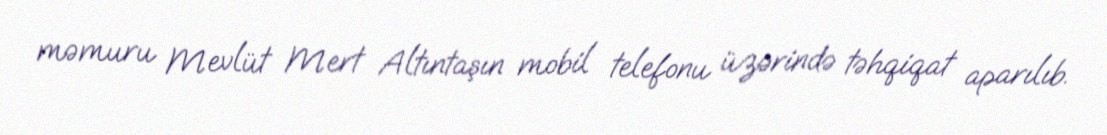
məmuru Mevlüt Mert Altıntaşın mobil telefonu üzərində təhqiqat aparılıb.